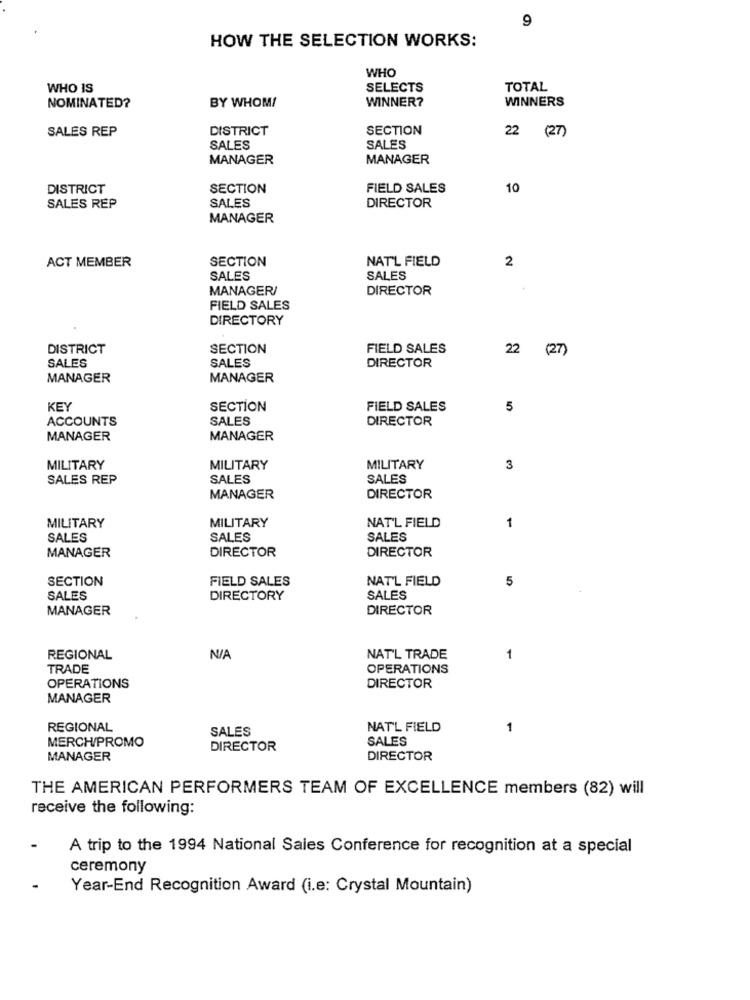
9
HOW THE SELECTION WORKS:
WHO
WHO IS
SELECTS
TOTAL
BY WHOM!
WINNER?
WINNERS
NOMINATED?
SALES REP
DISTRICT
SECTION
22 (27)
SALES
SALES
MANAGER
MANAGER
DISTRICT
SECTION
FIELD SALES
10
SALES
DIRECTOR
SALES REP
MANAGER
ACT MEMBER
SECTION
NAT'L FIELD
2
SALES
SALES
MANAGER/
DIRECTOR
FIELD SALES
DIRECTORY
DISTRICT
SECTION
FIELD SALES
22
(27)
SALES
SALES
DIRECTOR
MANAGER
MANAGER
KEY
SECTION
FIELD SALES
5
ACCOUNTS
SALES
DIRECTOR
MANAGER
MANAGER
MILITARY
MILITARY
MILITARY
3
SALES REP
SALES
SALES
MANAGER
DIRECTOR
MILITARY
1
MILITARY
NAT'L FIELD
SALES
SALES
SALES
MANAGER
DIRECTOR
DIRECTOR
SECTION
FIELD SALES
NAT'L FIELD
5
SALES
DIRECTORY
SALES
MANAGER
DIRECTOR
REGIONAL
NAT'L TRADE
1
TRADE
OPERATIONS
OPERATIONS
DIRECTOR
MANAGER
REGIONAL
SALES
NAT'L FIELD
1
SALES
MERCH/PROMO
DIRECTOR
MANAGER
DIRECTOR
THE AMERICAN PERFORMERS TEAM OF EXCELLENCE members (82) will
receive the following:
A trip to the 1994 National Sales Conference for recognition at a special
ceremony
Year-End Recognition Award (i.e: Crystal Mountain)